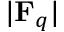
| \mathbf { F } _ { q } |